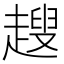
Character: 𧽏